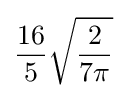
{\frac {16}{5}}{\sqrt {\frac {2}{7\pi }}}